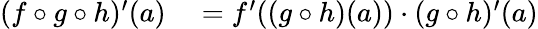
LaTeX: \begin{array}{rl}{(f\circ g\circ h)^{\prime}(a)}&{{}=f^{\prime}((g\circ h)(a))\cdot(g\circ h)^{\prime}(a)}\end{array}